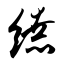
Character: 缭